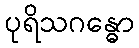
ပုရိသဂန္ဓော